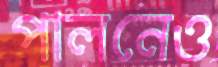
পালনেও